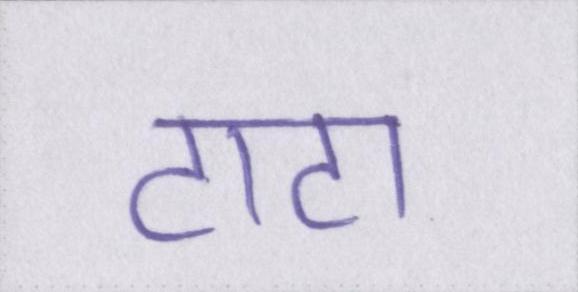
टाटा